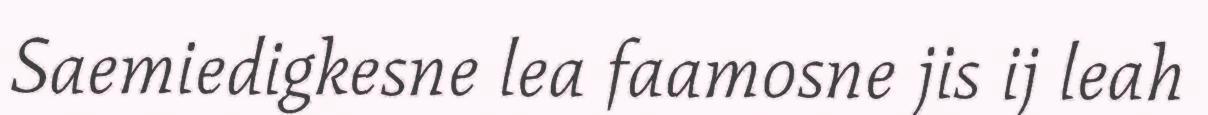
Saemiedigkesne lea faamosne jis ij leah